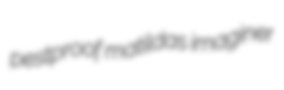
pestproof matildas imaginer